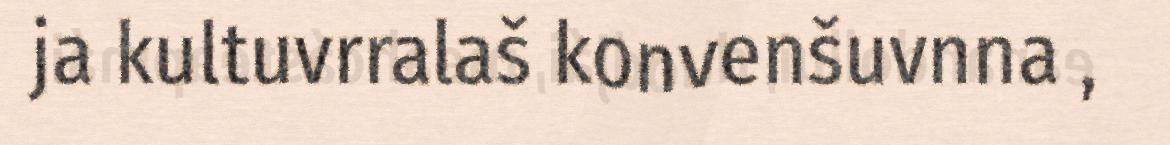
ja kultuvrralaš konvenšuvnna ,